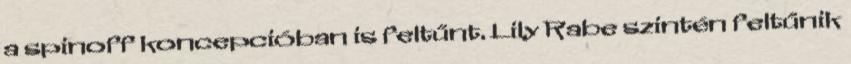
a spinoff koncepcióban is feltűnt. Lily Rabe szintén feltűnik